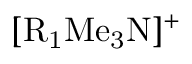
\mathrm { [ R _ { 1 } M e _ { 3 } N ] ^ { + } }